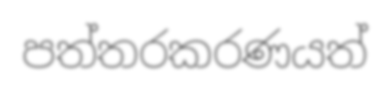
පත්තරකරණයත්